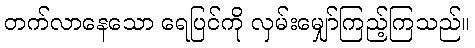
တက်လာနေသော ရေပြင်ကို လှမ်းမျှော်ကြည့်ကြသည်။